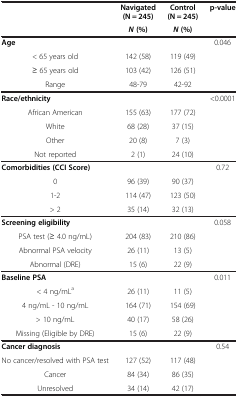
<table><thead><tr><td><b> </b></td><td><b>Navigated (N = 245)</b></td><td><b>Control (N = 245)</b></td><td><b>p-value</b></td></tr><tr><td><b> </b></td><td><b><i>N </i>(%)</b></td><td><b><i>N </i>(%)</b></td><td><b> </b></td></tr></thead><tbody><tr><td><b>Age</b></td><td> </td><td> </td><td>0.046</td></tr><tr><td>&lt; 65 years old</td><td>142 (58)</td><td>119 (49)</td><td> </td></tr><tr><td>≥ 65 years old</td><td>103 (42)</td><td>126 (51)</td><td> </td></tr><tr><td>Range</td><td>48-79</td><td>42-92</td><td> </td></tr><tr><td><b>Race/ethnicity</b></td><td> </td><td> </td><td>&lt;0.0001</td></tr><tr><td>African American</td><td>155 (63)</td><td>177 (72)</td><td> </td></tr><tr><td>White</td><td>68 (28)</td><td>37 (15)</td><td> </td></tr><tr><td>Other</td><td>20 (8)</td><td>7 (3)</td><td> </td></tr><tr><td>Not reported</td><td>2 (1)</td><td>24 (10)</td><td> </td></tr><tr><td><b>Comorbidities (CCI Score)</b></td><td> </td><td> </td><td>0.72</td></tr><tr><td>0</td><td>96 (39)</td><td>90 (37)</td><td> </td></tr><tr><td>1-2</td><td>114 (47)</td><td>123 (50)</td><td> </td></tr><tr><td>&gt; 2</td><td>35 (14)</td><td>32 (13)</td><td> </td></tr><tr><td><b>Screening eligibility</b></td><td> </td><td> </td><td>0.058</td></tr><tr><td>PSA test (≥ 4.0 ng/mL)</td><td>204 (83)</td><td>210 (86)</td><td> </td></tr><tr><td>Abnormal PSA velocity</td><td>26 (11)</td><td>13 (5)</td><td> </td></tr><tr><td>Abnormal (DRE)</td><td>15 (6)</td><td>22 (9)</td><td> </td></tr><tr><td><b>Baseline PSA</b></td><td> </td><td> </td><td>0.011</td></tr><tr><td>&lt; 4 ng/mL<sup>a</sup></td><td>26 (11)</td><td>11 (5)</td><td> </td></tr><tr><td>4 ng/mL - 10 ng/mL</td><td>164 (71)</td><td>154 (69)</td><td> </td></tr><tr><td>&gt; 10 ng/mL</td><td>40 (17)</td><td>58 (26)</td><td> </td></tr><tr><td>Missing (Eligible by DRE)</td><td>15 (6)</td><td>22 (9)</td><td> </td></tr><tr><td><b>Cancer diagnosis</b></td><td> </td><td> </td><td>0.54</td></tr><tr><td>No cancer/resolved with PSA test</td><td>127 (52)</td><td>117 (48)</td><td> </td></tr><tr><td>Cancer</td><td>84 (34)</td><td>86 (35)</td><td> </td></tr><tr><td>Unresolved</td><td>34 (14)</td><td>42 (17)</td><td> </td></tr></tbody></table>